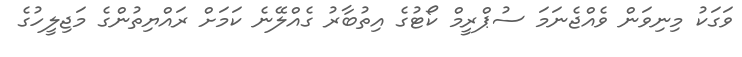
ވަގަކު މިނިވަން ވެއްޖެނަމަ ސުޕްރީމް ކޯޓުގެ އިތުބާރު ގެއްލޭނެ ކަމަށް ރައްޔިތުންގެ މަޖިލީހުގެ